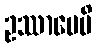
ဥဿာပေမိ